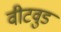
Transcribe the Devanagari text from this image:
वीटवुड